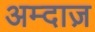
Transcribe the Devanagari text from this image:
अम्दाज़